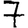
Digit: 7